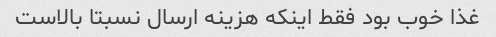
غذا خوب بود فقط اینکه هزینه ارسال نسبتا بالاست